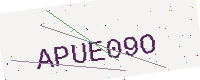
Text: APUE09O